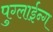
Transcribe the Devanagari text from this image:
पुग्लाईन्ग